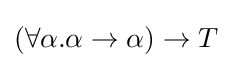
(\forall \alpha .\alpha \rightarrow \alpha )\rightarrow T